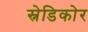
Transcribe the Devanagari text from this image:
स्नेडिकोर